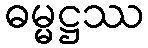
ဓမ္မဋ္ဌဿ